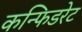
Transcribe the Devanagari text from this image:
कन्फिडरेट